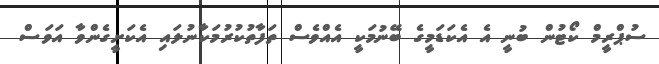
ސުޕްރީމް ކޯޓުން ބުނީ އެ އެކަޑަމީގެ ބޭނުމަކީ އެއްވެސް ތަފާތުކުރުމަކާނުލައި އެކަށީގެންވާ އަވަސް